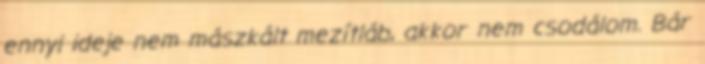
ennyi ideje nem mászkált mezítláb, akkor nem csodálom. Bár